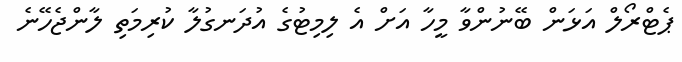
ޕެޓްރޯލް އަޅަން ބޭނުންވާ މީހާ އަށް އެ ލިމިޓުގެ އުދަނގުލާ ކުރިމަތި ލާންޖެހޭނެ